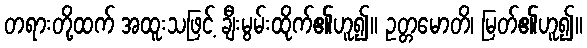
တရားတို့ထက် အထူးသဖြင့် ချီးမွမ်းထိုက်၏ဟူ၍။ ဥတ္တမောတိ၊ မြတ်၏ဟူ၍။